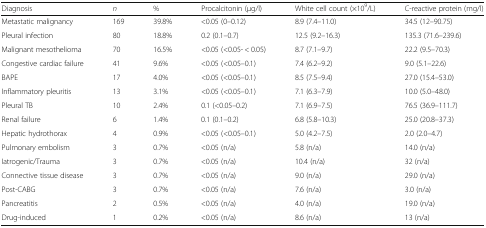
<table><thead><tr><td><b>Diagnosis</b></td><td><b><i>n</i></b></td><td><b>%</b></td><td><b>Procalcitonin (μg/l)</b></td><td><b>White cell count (×10<sup>9</sup>/L)</b></td><td><b>C-reactive protein (mg/l)</b></td></tr></thead><tbody><tr><td>Metastatic malignancy</td><td>169</td><td>39.8%</td><td>&lt;0.05 (0–0.12)</td><td>8.9 (7.4–11.0)</td><td>34.5 (12–90.75)</td></tr><tr><td>Pleural infection</td><td>80</td><td>18.8%</td><td>0.2 (0.1–0.7)</td><td>12.5 (9.2–16.3)</td><td>135.3 (71.6–239.6)</td></tr><tr><td>Malignant mesothelioma</td><td>70</td><td>16.5%</td><td>&lt;0.05 (&lt;0.05- &lt; 0.05)</td><td>8.7 (7.1–9.7)</td><td>22.2 (9.5–70.3)</td></tr><tr><td>Congestive cardiac failure</td><td>41</td><td>9.6%</td><td>&lt;0.05 (&lt;0.05–0.1)</td><td>7.4 (6.2–9.2)</td><td>9.0 (5.1–22.6)</td></tr><tr><td>BAPE</td><td>17</td><td>4.0%</td><td>&lt;0.05 (&lt;0.05–0.1)</td><td>8.5 (7.5–9.4)</td><td>27.0 (15.4–53.0)</td></tr><tr><td>Inflammatory pleuritis</td><td>13</td><td>3.1%</td><td>&lt;0.05 (&lt;0.05–0.1)</td><td>7.1 (6.3–7.9)</td><td>10.0 (5.0–48.0)</td></tr><tr><td>Pleural TB</td><td>10</td><td>2.4%</td><td>0.1 (&lt;0.05–0.2)</td><td>7.1 (6.9–7.5)</td><td>76.5 (36.9–111.7)</td></tr><tr><td>Renal failure</td><td>6</td><td>1.4%</td><td>0.1 (0.1–0.2)</td><td>6.8 (5.8–10.3)</td><td>25.0 (20.8–37.3)</td></tr><tr><td>Hepatic hydrothorax</td><td>4</td><td>0.9%</td><td>&lt;0.05 (&lt;0.05–0.1)</td><td>5.0 (4.2–7.5)</td><td>2.0 (2.0–4.7)</td></tr><tr><td>Pulmonary embolism</td><td>3</td><td>0.7%</td><td>&lt;0.05 (n/a)</td><td>5.8 (n/a)</td><td>14.0 (n/a)</td></tr><tr><td>Iatrogenic/Trauma</td><td>3</td><td>0.7%</td><td>&lt;0.05 (n/a)</td><td>10.4 (n/a)</td><td>32 (n/a)</td></tr><tr><td>Connective tissue disease</td><td>3</td><td>0.7%</td><td>&lt;0.05 (n/a)</td><td>9.0 (n/a)</td><td>29.0 (n/a)</td></tr><tr><td>Post-CABG</td><td>3</td><td>0.7%</td><td>&lt;0.05 (n/a)</td><td>7.6 (n/a)</td><td>3.0 (n/a)</td></tr><tr><td>Pancreatitis</td><td>2</td><td>0.5%</td><td>&lt;0.05 (n/a)</td><td>4.0 (n/a)</td><td>19.0 (n/a)</td></tr><tr><td>Drug-induced</td><td>1</td><td>0.2%</td><td>&lt;0.05 (n/a)</td><td>8.6 (n/a)</td><td>13 (n/a)</td></tr></tbody></table>